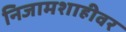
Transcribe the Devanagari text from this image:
निजामशाहीवर